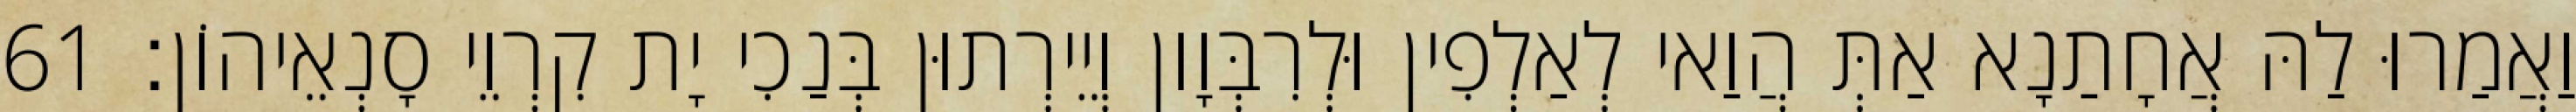
וַאֲמַרוּ לַהּ אֲחָתַנָא אַתְּ הֲוַאי לְאַלְפִין וּלְרִבְּוָון וְיֵירְתוּן בְּנַכִי יָת קִרְוֵי סָנְאֵיהוֹן׃ 61